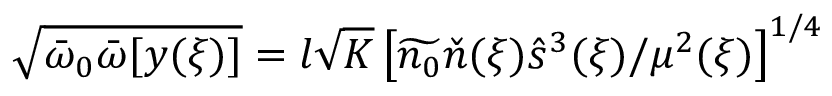
\sqrt { { \bar { \omega } } _ { 0 } { \bar { \omega } } [ y ( \xi ) ] } = l \sqrt { K } \left[ \widetilde { n _ { 0 } } \check { n } ( \xi ) \hat { s } ^ { 3 } ( \xi ) / \mu ^ { 2 } ( \xi ) \right] ^ { 1 / 4 }